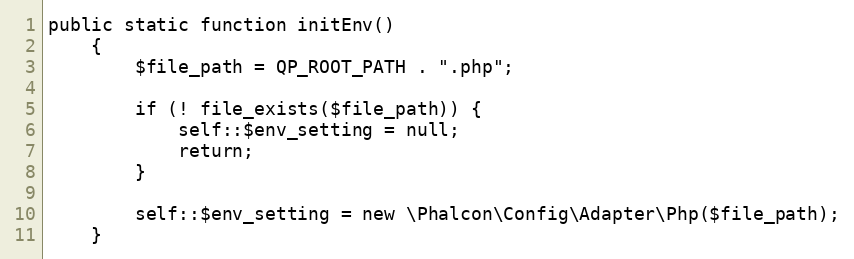
Language: PHP
public static function initEnv()
    {
        $file_path = QP_ROOT_PATH . ".php";

        if (! file_exists($file_path)) {
            self::$env_setting = null;
            return;
        }

        self::$env_setting = new \Phalcon\Config\Adapter\Php($file_path);
    }